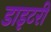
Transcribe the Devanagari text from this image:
डाइटरी